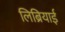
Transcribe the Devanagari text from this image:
लिब्रियाई